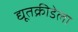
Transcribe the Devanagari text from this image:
द्यूतक्रीडेला